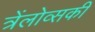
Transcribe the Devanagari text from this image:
त्रेंलोव्सकी